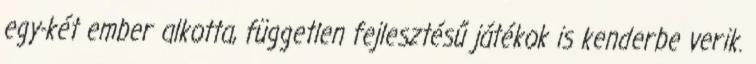
egy-két ember alkotta, független fejlesztésű játékok is kenderbe verik.